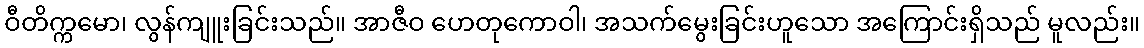
ဝီတိက္ကမော၊ လွန်ကျူးခြင်းသည်။ အာဇီဝ ဟေတုကောဝါ၊ အသက်မွေးခြင်းဟူသော အကြောင်းရှိသည် မူလည်း။